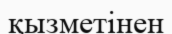
қызметінен